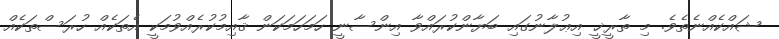
ޝައްކެއްނެތެވެ. މި ތާރީޚީ އިޢުލާނުގައި ބަޔާންކުރައްވާ އިންސާނީ ހަމަހަމަކަން ޤާއިމުކުރެއްވުމަކީ އެތަކެއް ހުރަސްތަކެއް